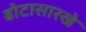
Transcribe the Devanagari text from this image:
बोटासारखे